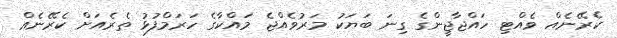
ކެރޭނެއް ވެއްޓި ހައްޖާޖީންގެ ގިނަ ބަޔަކު މަރުވެއްޖެ މައްކާގެ ހަރަމްފުޅު ތެރެއަށް ކެރޭނެއް